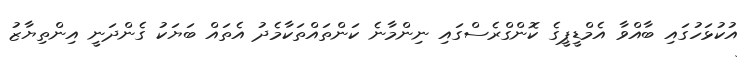
އުކުޅަހުގައި ބާއްވާ އެމްޑީޕީގެ ކޮންގްރެސްގައި ނިންމާނެ ކަންތައްތަކާމެދު އެތައް ބަޔަކު ގެންދަނީ އިންތިޔާޒު